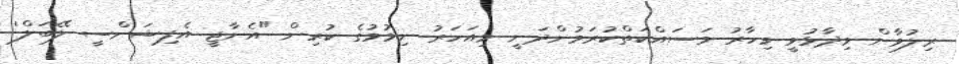
ރިލުވާން ވިދާޅުވީ މިހާރު މަސައްކަތްކުރަމުންދަނީ މިއަހަރު ނިމުމުގެ ކުރިން "އެނާޖީ އެފިޝަންސީ ލޭބަލް'